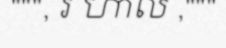
""", រ ហាល ,"""